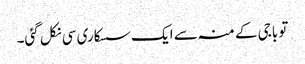
تو باجی کے منہ سے ایک سسکاری سی نکل گئی۔